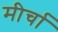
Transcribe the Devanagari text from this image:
मीर्चा